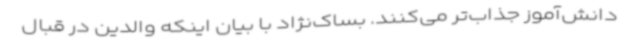
دانش‌آموز جذاب‌تر می‌کنند. بساک‌نژاد با بیان اینکه والدین در قبال